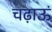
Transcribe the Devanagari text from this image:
चढ़ाऊं